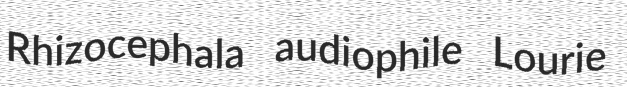
Rhizocephala audiophile Lourie